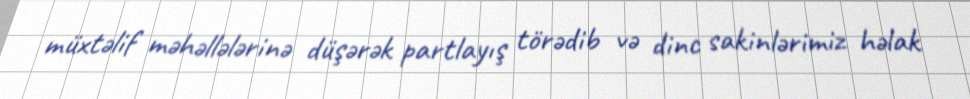
müxtəlif məhəllələrinə düşərək partlayış törədib və dinc sakinlərimiz həlak